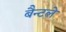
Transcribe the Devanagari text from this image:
बैन्टले